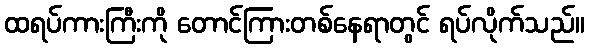
ထရပ်ကားကြီးကို တောင်ကြားတစ်နေရာတွင် ရပ်လိုက်သည်။